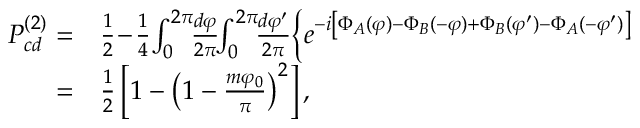
\begin{array} { r l } { P _ { c d } ^ { ( 2 ) } = } & { { } \frac { 1 } { 2 } \! - \! \frac { 1 } { 4 } \! \int _ { 0 } ^ { 2 \pi } \! \! \frac { d \varphi } { 2 \pi } \! \! \int _ { 0 } ^ { 2 \pi } \! \! \frac { d \varphi ^ { \prime } } { 2 \pi } \! \left\{ e ^ { - i \left[ \Phi _ { A } ( \varphi ) - \Phi _ { B } ( - \varphi ) + \Phi _ { B } ( \varphi ^ { \prime } ) - \Phi _ { A } ( - \varphi ^ { \prime } ) \right] } \right. } \\ { = } & { { } \frac { 1 } { 2 } \left[ 1 - \left( 1 - \frac { m \varphi _ { 0 } } { \pi } \right) ^ { 2 } \right] , } \end{array}